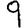
Digit: 9